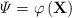
LaTeX: \begin{align*}\begin{aligned}\varPsi=\varphi \left( {\textbf{X}} \right) \end{aligned}\end{align*}